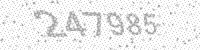
Solution: 247985